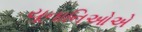
યૂનાનિઓએ